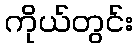
ကိုယ်တွင်း